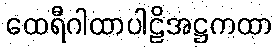
ထေရီဂါထာပါဠိအဋ္ဌကထာ